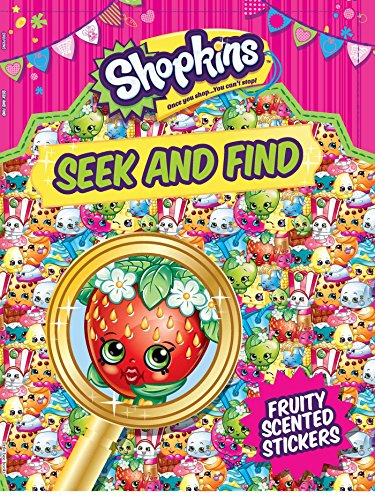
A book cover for Shopkins Seek and Find; little bee books; Children's Books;